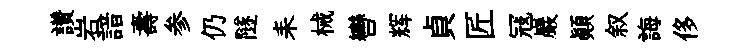
讚岩諳壽参仍隧耒械轡辉貞匠冦巖顚叙誨侈